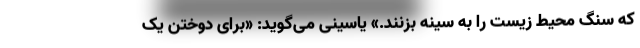
که سنگ محیط زیست را به سینه بزنند.» یاسینی می‌گوید: «برای دوختن یک